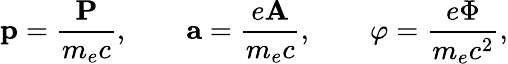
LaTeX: {\mathbf p}={\frac{\mathbf P}{m_{e}c}},\qquad{\mathbf a}={\frac{e\mathbf A}{m_{e}c}},\qquad\varphi={\frac{e\Phi}{m_{e}c^{2}}},